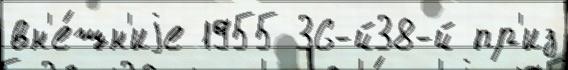
вн'е́шн'иjе 1955 36-й38-й пр'из